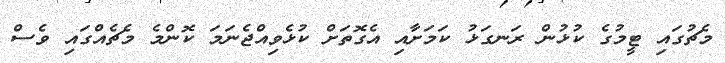
މެޗުގައި ޓީމުގެ ކުޅުން ރަނގަޅު ކަމަށާއި އެގޮތަށް ކުޅެވިއްޖެނަމަ ކޮންމެ މެޗެއްގައި ވެސް